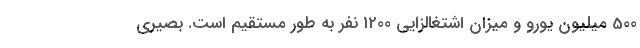
500 میلیون یورو و میزان اشتغالزایی 1200 نفر به طور مستقیم است. بصیری